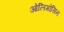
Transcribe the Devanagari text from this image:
ओलिगोसिन